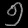
Digit: ၅